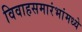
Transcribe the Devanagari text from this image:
विवाहसमारंभांमध्ये